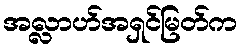
အလ္လာဟ်အရှင်မြတ်က